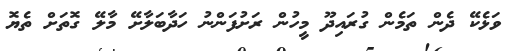
ވަޅެކޭ ދެން ތަމެން ގުރައިދޫ މީހުން ރަށުފަންނު ހަދާބަލާށޭ މާލޭ ގޮތަށް ތެޔޮ